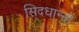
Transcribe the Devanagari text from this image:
सिदधान्‍तों